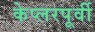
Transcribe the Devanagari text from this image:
केप्लरपूर्वी